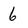
Character: 6